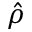
\hat { \rho }